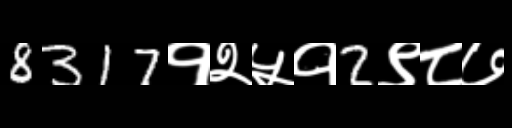
Text: 8317१२५१2९८७